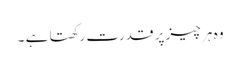
وہ ہر چیز پر قدرت رکھتا ہے ۔